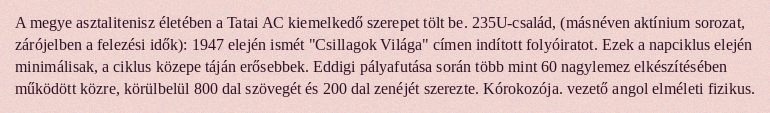
A megye asztalitenisz életében a Tatai AC kiemelkedő szerepet tölt be. 235U-család, (másnéven aktínium sorozat, zárójelben a felezési idők): 1947 elején ismét "Csillagok Világa" címen indított folyóiratot. Ezek a napciklus elején minimálisak, a ciklus közepe táján erősebbek. Eddigi pályafutása során több mint 60 nagylemez elkészítésében működött közre, körülbelül 800 dal szövegét és 200 dal zenéjét szerezte. Kórokozója. vezető angol elméleti fizikus.